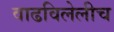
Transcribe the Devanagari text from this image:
वाढविलेलीच